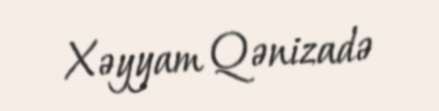
Xəyyam Qənizadə